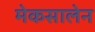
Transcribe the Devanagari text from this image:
मेकसालेन